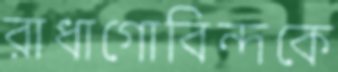
রাধাগোবিন্দকে